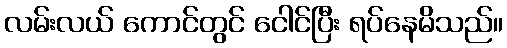
လမ်းလယ် ကောင်တွင် ငေါင်ပြီး ရပ်နေမိသည်။